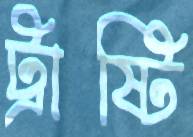
ট্রাষ্টি